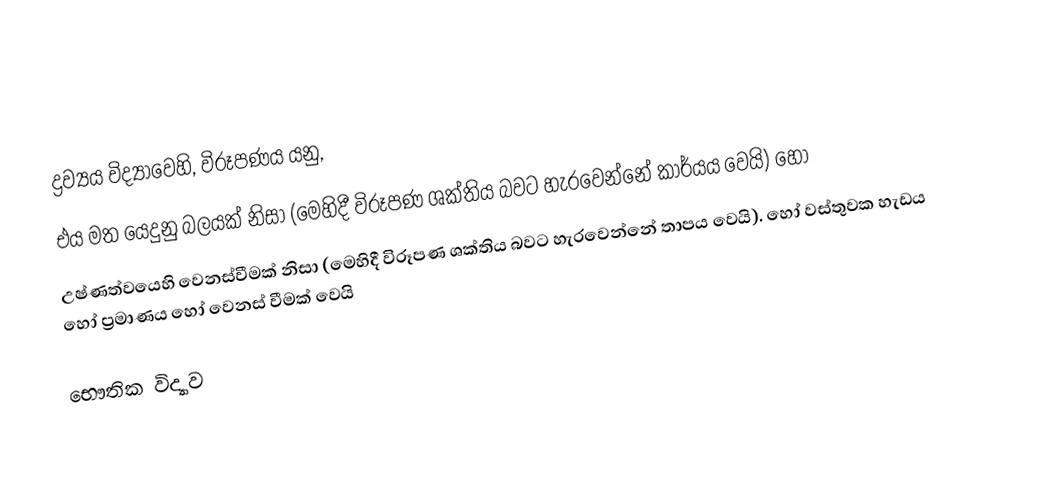
ද්‍රව්‍යය විද්‍යාවෙහි, විරූපණය  යනු,
 එය මත යෙදුනු බලයක්  නිසා (මෙහිදී විරූපණ ශක්තිය බවට හැරවෙන්නේ කාර්යය වෙයි) හෝ
 උෂ්ණත්වයෙහි වෙනස්වීමක් නිසා  (මෙහිදී විරූපණ ශක්තිය බවට හැරවෙන්නේ තාපය වෙයි). හෝ වස්තුවක හැඩය හෝ ප්‍රමාණය හෝ වෙනස් වීමක් වෙයි

භෞතික විද්‍යාව